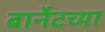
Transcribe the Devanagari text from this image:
बार्नेटच्या